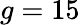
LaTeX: g=15